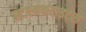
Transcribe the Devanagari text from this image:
स्टालाकटाइट्स